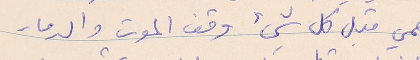
همي قبل كل شيء وقف الموت والدمار